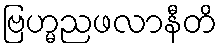
ဗြဟ္မညဖလာနီတိ